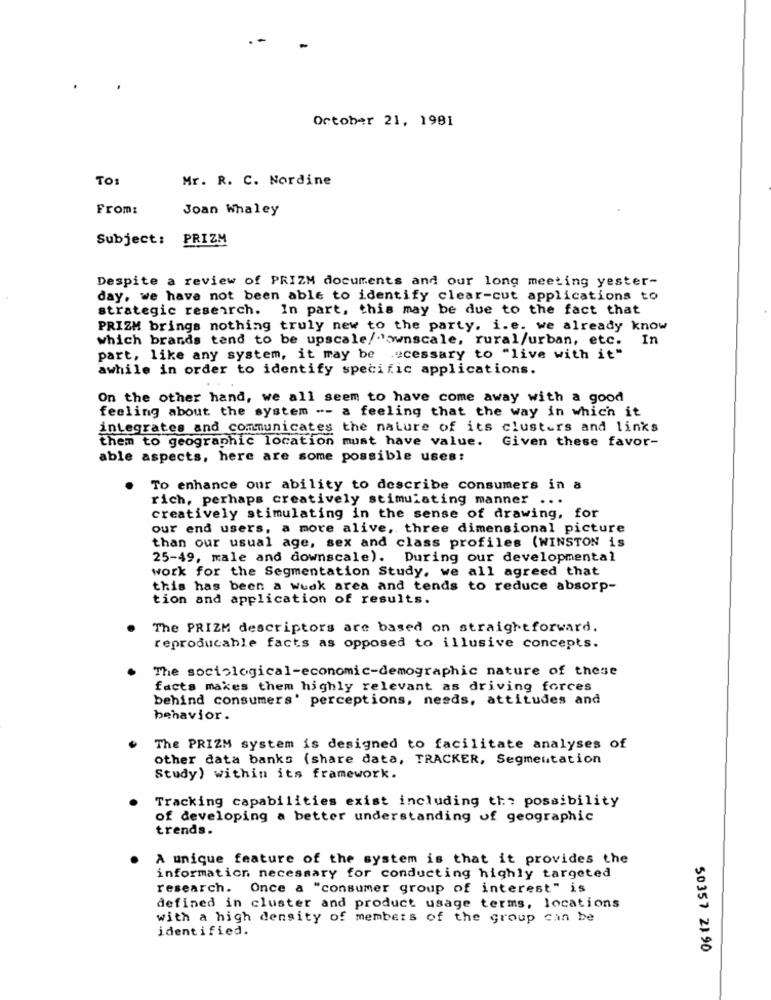
October 21, 1981
TO:
Mr. R. C. Nordine
From:
Joan Whaley
Subject: PRIZM
Despite a review of PRIZM documents and our long meeting yester-
day, we have not been able to identify clear-cut applications to
strategic research. In part, this may be due to the fact that
PRIZM brings nothing truly new to the party, i.e. we already know
which brands tend to be upscale/"ownscale, rural/urban, etc.
In
part, like any system, it may be "cessary to "live with it"
awhile in order to identify specific applications.
On the other hand, we all seem to have come away with a good
feeling about the system -- a feeling that the way in which it
integrates and communicates the nature of its clusters and links
Given these favor-
them to geographic location must have value.
able aspects, here are some possible uses:
To enhance our ability to describe consumers in a
rich, perhaps creatively stimulating manner
...
creatively stimulating in the sense of drawing, for
our end users, a more alive, three dimensional picture
than our usual age, sex and class profiles (WINSTON is
25-49, male and downscale). During our developmental
work for the Segmentation Study, we all agreed that
this has been a Weak area and tends to reduce absorp-
tion and application of results.
The PRIZM descriptors are based on straightforward.
reproducable facts as opposed to illusive concepts.
The sociological-economic-demographic nature of these
facts makes them highly relevant as driving forces
behind consumers' perceptions, needs, attitudes and
behavior.
The PRIZM system is designed to facilitate analyses of
other data banks (share data, TRACKER, Segmentation
Study) within its framework.
Tracking capabilities exist including the possibility
of developing a better understanding of geographic
trends.
A unique feature of the system is that it provides the
information necessary for conducting highly targeted
research. Once a "consumer group of interest" is
defined in cluster and product usage terms, locations
with a high density of members of the group can be
identified.
50357 21 90